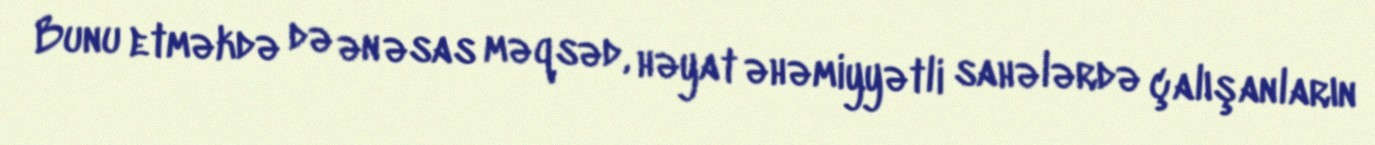
Bunu etməkdə də ən əsas məqsəd, həyat əhəmiyyətli sahələrdə çalışanların